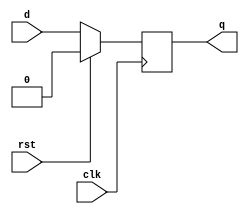
`timescale 1ns / 1ps
//////////////////////////////////////////////////////////////////////////////////
// Company: 
// Engineer: 
// 
// Design Name: 
// Module Name: dff
// Project Name: 
// Target Devices: 
// Tool Versions: 
// Description: 
// 
// Dependencies: 
// 
// Revision:
// Revision 0.01 - File Created
// Additional Comments:
// 
//////////////////////////////////////////////////////////////////////////////////


module dff(
    input d,
    input clk,
    input rst,
    output reg q

    );
    
    
    always@(posedge clk)
    begin
        if(rst == 1)
        begin
            q <= 0;
        end
        else
        begin
            q <= d;
        end 
    end 
    
endmodule